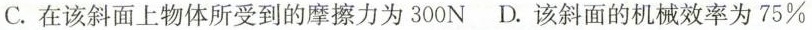
C.在该斜面上物体所受到的摩擦力为300N D.该斜面的机械效率为75%